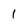
Character: 1